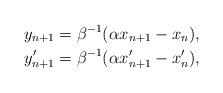
LaTeX: \begin{align*}y_{n+1} &= \beta^{-1}(\alpha x_{n+1}-x_n),\\y'_{n+1} &= \beta^{-1}(\alpha x'_{n+1}-x'_n),\end{align*}